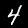
Label: 4